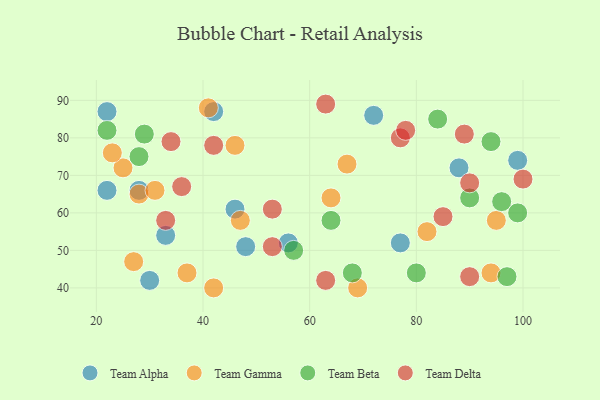
{"axis": {"x": "GDP", "y": "Life Expectancy"}, "legend": ["Team Alpha", "Team Beta", "Team Delta", "Team Gamma"], "data": [{"x": "28", "y": 66, "type": "Team Alpha"}, {"x": "72", "y": 86, "type": "Team Alpha"}, {"x": "56", "y": 52, "type": "Team Alpha"}, {"x": "46", "y": 61, "type": "Team Alpha"}, {"x": "77", "y": 52, "type": "Team Alpha"}, {"x": "88", "y": 72, "type": "Team Alpha"}, {"x": "22", "y": 87, "type": "Team Alpha"}, {"x": "30", "y": 42, "type": "Team Alpha"}, {"x": "48", "y": 51, "type": "Team Alpha"}, {"x": "99", "y": 74, "type": "Team Alpha"}, {"x": "33", "y": 54, "type": "Team Alpha"}, {"x": "42", "y": 87, "type": "Team Alpha"}, {"x": "22", "y": 66, "type": "Team Alpha"}, {"x": "42", "y": 40, "type": "Team Gamma"}, {"x": "69", "y": 40, "type": "Team Gamma"}, {"x": "64", "y": 64, "type": "Team Gamma"}, {"x": "67", "y": 73, "type": "Team Gamma"}, {"x": "27", "y": 47, "type": "Team Gamma"}, {"x": "94", "y": 44, "type": "Team Gamma"}, {"x": "82", "y": 55, "type": "Team Gamma"}, {"x": "95", "y": 58, "type": "Team Gamma"}, {"x": "46", "y": 78, "type": "Team Gamma"}, {"x": "41", "y": 88, "type": "Team Gamma"}, {"x": "28", "y": 65, "type": "Team Gamma"}, {"x": "47", "y": 58, "type": "Team Gamma"}, {"x": "25", "y": 72, "type": "Team Gamma"}, {"x": "31", "y": 66, "type": "Team Gamma"}, {"x": "37", "y": 44, "type": "Team Gamma"}, {"x": "23", "y": 76, "type": "Team Gamma"}, {"x": "99", "y": 60, "type": "Team Beta"}, {"x": "84", "y": 85, "type": "Team Beta"}, {"x": "97", "y": 43, "type": "Team Beta"}, {"x": "94", "y": 79, "type": "Team Beta"}, {"x": "29", "y": 81, "type": "Team Beta"}, {"x": "90", "y": 64, "type": "Team Beta"}, {"x": "80", "y": 44, "type": "Team Beta"}, {"x": "22", "y": 82, "type": "Team Beta"}, {"x": "28", "y": 75, "type": "Team Beta"}, {"x": "68", "y": 44, "type": "Team Beta"}, {"x": "64", "y": 58, "type": "Team Beta"}, {"x": "96", "y": 63, "type": "Team Beta"}, {"x": "57", "y": 50, "type": "Team Beta"}, {"x": "77", "y": 80, "type": "Team Delta"}, {"x": "100", "y": 69, "type": "Team Delta"}, {"x": "90", "y": 68, "type": "Team Delta"}, {"x": "33", "y": 58, "type": "Team Delta"}, {"x": "90", "y": 43, "type": "Team Delta"}, {"x": "89", "y": 81, "type": "Team Delta"}, {"x": "42", "y": 78, "type": "Team Delta"}, {"x": "53", "y": 51, "type": "Team Delta"}, {"x": "36", "y": 67, "type": "Team Delta"}, {"x": "53", "y": 61, "type": "Team Delta"}, {"x": "34", "y": 79, "type": "Team Delta"}, {"x": "63", "y": 89, "type": "Team Delta"}, {"x": "63", "y": 42, "type": "Team Delta"}, {"x": "85", "y": 59, "type": "Team Delta"}, {"x": "78", "y": 82, "type": "Team Delta"}]}